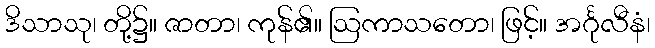
ဒိသာသု၊ တို့၌။ ဇာတာ၊ ကုန်၏။ ဩကာသတော၊ ဖြင့်။ အင်္ဂုလီနံ၊